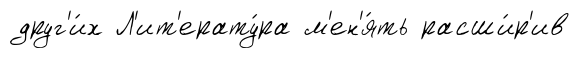
друг'и́х Л'ит'ерату́ра м'ен'я́ть расши́р'ив